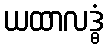
ယထာလဒ္ဓံ